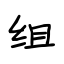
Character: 组